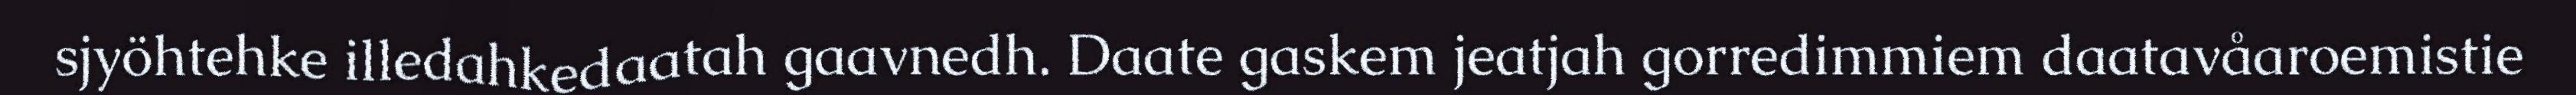
sjyöhtehke illedahkedaatah gaavnedh. Daate gaskem jeatjah gorredimmiem daatavåaroemistie